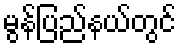
မွန်ပြည်နယ်တွင်